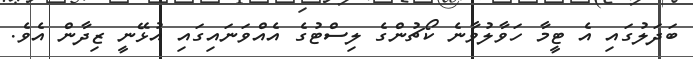
ބަދަލުގައި އެ ޓީމާ ހަވާލުވާނެ ކޯޗުންގެ ލިސްޓުގެ އެއްވަނައިގައި އުޅޭނީ ޒިދާން އެވެ.